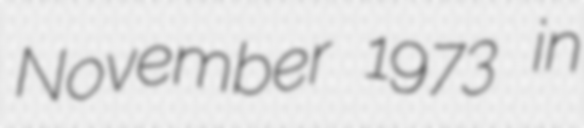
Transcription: November 1973 in